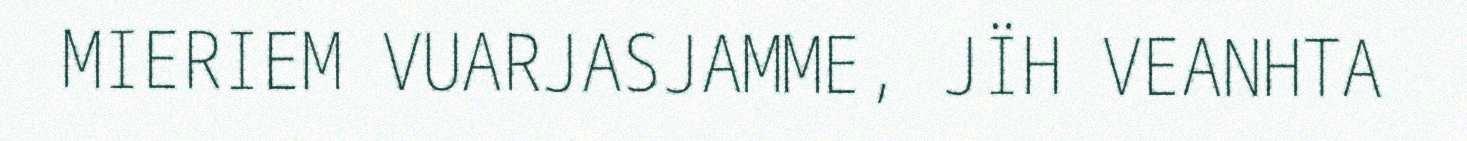
MIERIEM VUARJASJAMME, JÏH VEANHTA